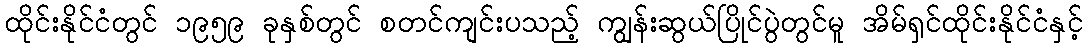
ထိုင်းနိုင်ငံတွင် ၁၉၅၉ ခုနှစ်တွင် စတင်ကျင်းပသည့် ကျွန်းဆွယ်ပြိုင်ပွဲတွင်မူ အိမ်ရှင်ထိုင်းနိုင်ငံနှင့်